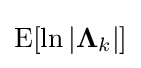
\operatorname {E} [\ln |\mathbf {\Lambda } _{k}|]